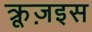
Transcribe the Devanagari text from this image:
क्रूज़इस